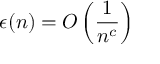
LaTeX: \epsilon ( n ) = O \left( { \frac { 1 } { n ^ { c } } } \right)